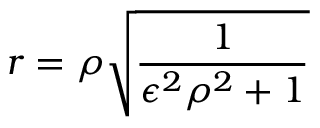
r = \rho \sqrt { \frac { 1 } { \epsilon ^ { 2 } \rho ^ { 2 } + 1 } }